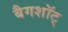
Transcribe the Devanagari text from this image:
बैगशॉट्